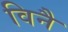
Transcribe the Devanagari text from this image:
विनै